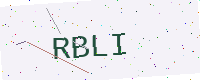
Text: RBLI